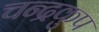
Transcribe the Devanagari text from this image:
चन्द्रकुप